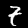
Digit: 7